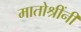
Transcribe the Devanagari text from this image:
मातोश्रींनी